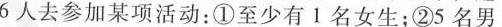
6人去参加某项活动：①至少有1名女生；②5名男